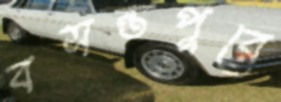
বসন্তপুরে